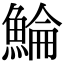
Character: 鯩